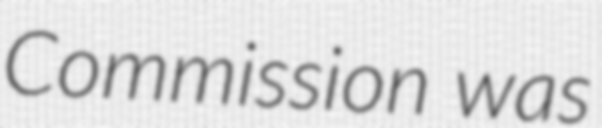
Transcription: Commission was